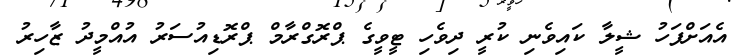
އެއަށްފަހު ޝީލާ ކައިވެނި ކުރީ ދިވެހި ޓީވީގެ ޕްރޮގްރާމް ޕްރޮޑިއުސަރު އުއްމީދު ޒާހިރު